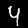
Label: 4